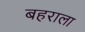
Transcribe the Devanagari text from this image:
बहराला